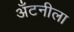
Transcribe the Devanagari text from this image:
अँटनीला